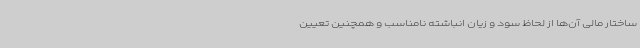
ساختار مالی آن‌ها از لحاظ سود و زیان انباشته نامناسب و همچنین تعیین